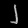
Digit: ၂